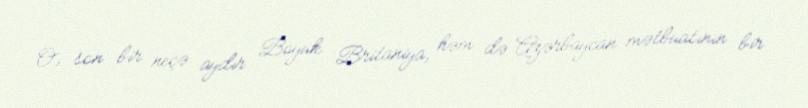
O, son bir neçə aydır Böyük Britaniya, həm də Azərbaycan mətbuatının bir